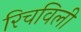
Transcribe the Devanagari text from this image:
रिचविली